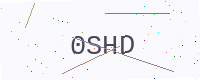
Text: 0SHD